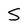
Character: S